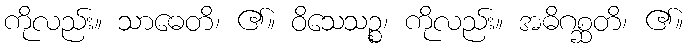
ကိုလည်း။ သာဓေတိ၊ ၏။ ဝိသေသဉ္စ၊ ကိုလည်း။ အဓိဂစ္ဆတိ၊ ၏။